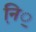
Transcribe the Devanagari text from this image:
नि़़॒